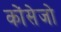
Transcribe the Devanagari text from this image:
कोंसेजो